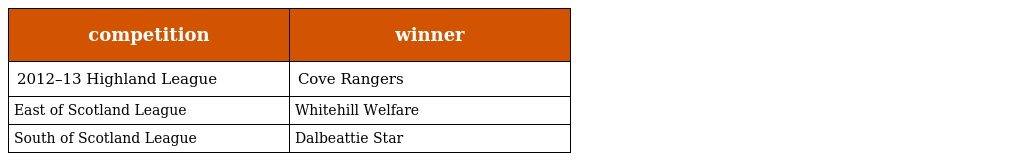
| competition | winner |
 | --- | --- |
 | 2012–13 Highland League | Cove Rangers |
 | East of Scotland League | Whitehill Welfare |
 | South of Scotland League | Dalbeattie Star |